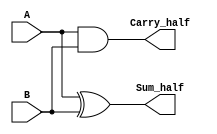
module HalfAdder(
    input A,
    input B,
    output Sum_half,
    output Carry_half
);
    assign Sum_half = A ^ B;       // Sum output for Half Adder
    assign Carry_half = A & B;     // Carry output for Half Adder
endmodule